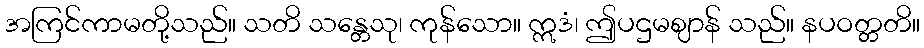
အကြင်ကာမတို့သည်။ သတိ သန္တေသု၊ ကုန်သော။ ဣဒံ၊ ဤပဌမဈာန် သည်။ နပဝတ္တတိ။